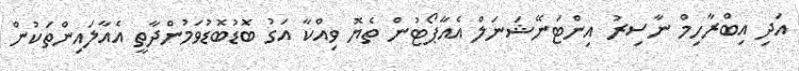
އަދި އިބްރާހިމް ނާސިރު އިންޓަނޭޝަނަލް އެއާޕޯޓުން ތެޔޮ ވިއްކާ އަގު ބޮޑުބޮޑުވަމުންދާތީ އެއާލައިންތަކުން